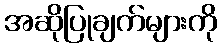
အဆိုပြုချက်များကို